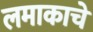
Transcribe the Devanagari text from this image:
लमाकाचे